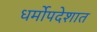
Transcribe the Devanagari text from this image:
धर्मोपदेशात